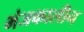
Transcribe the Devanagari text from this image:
भंजकालीन